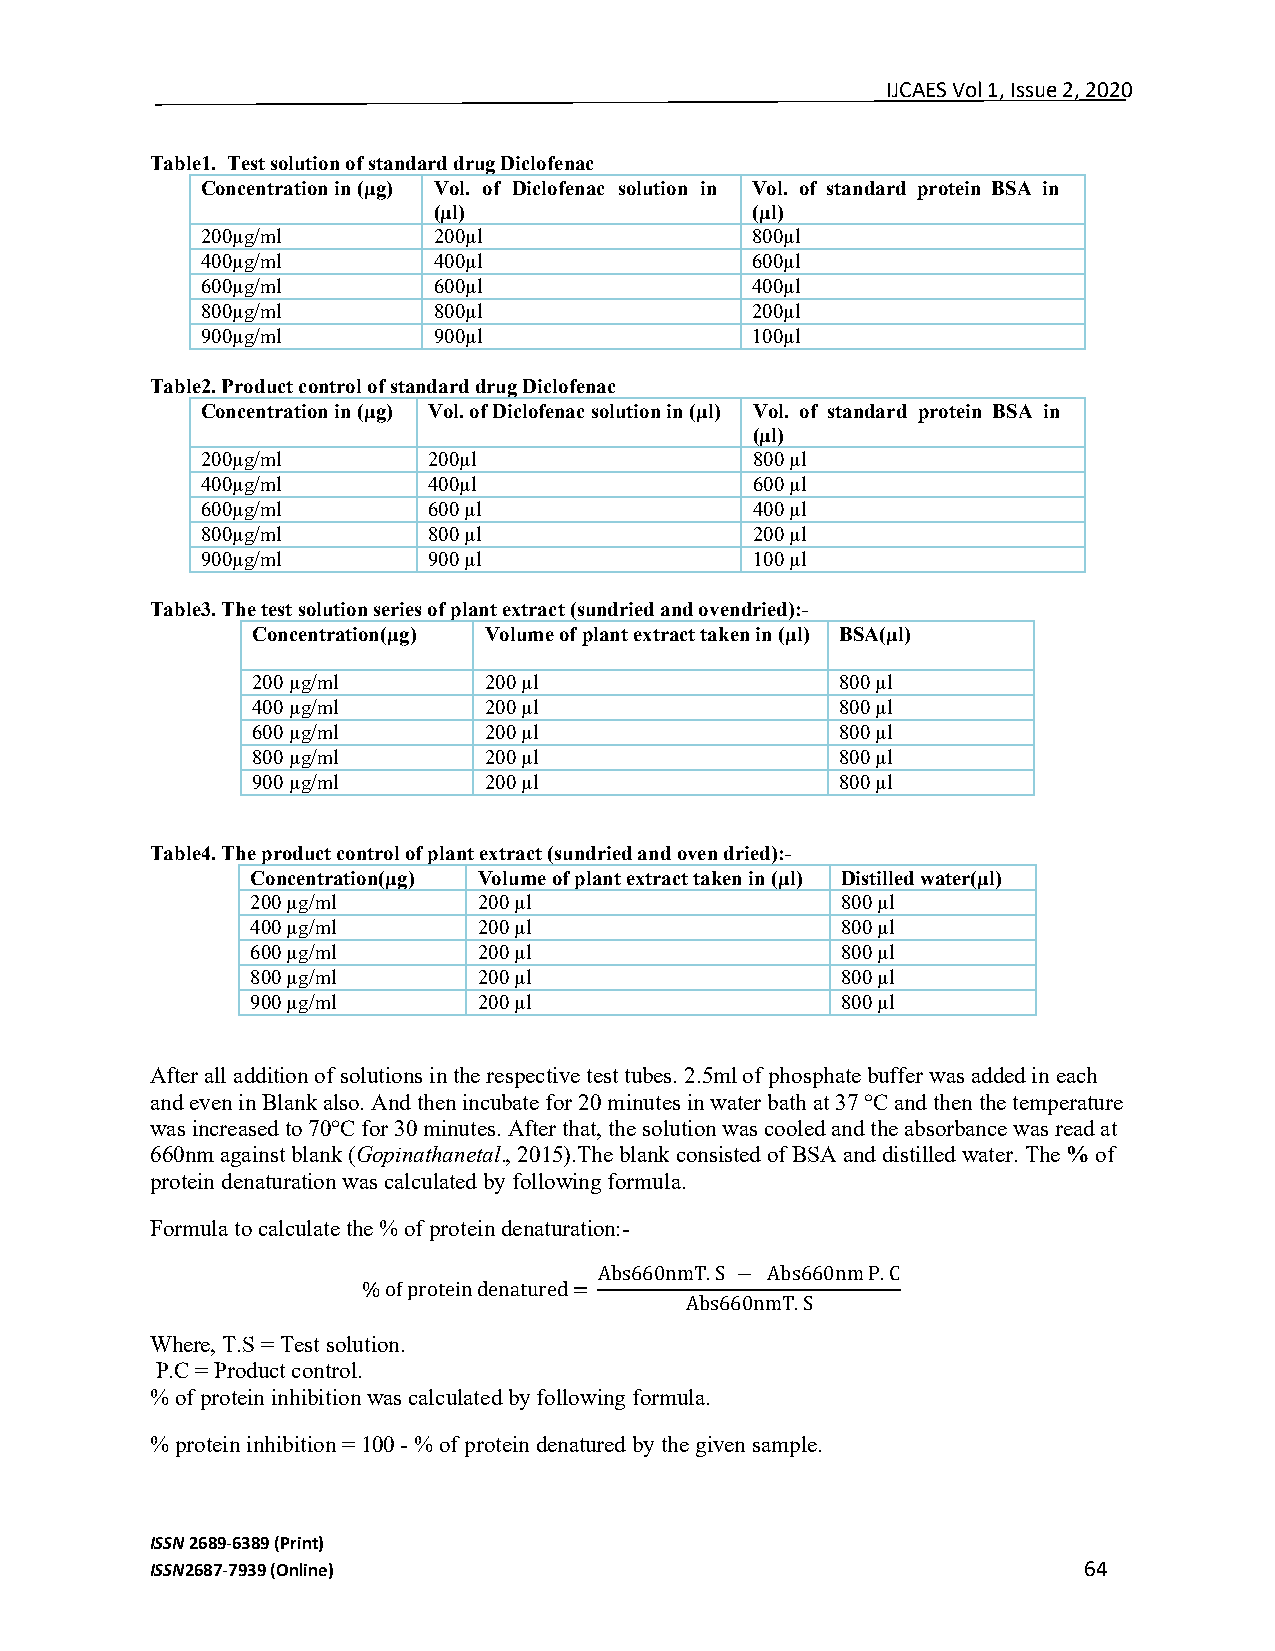
IJCAES Vol 1, Issue 2, 2020
 Table1. Test solution of standard drug Diclofenac
 Concentration in (µg) Vol. of Diclofenac solution in Vol. of standard protein BSA in
 (µl)                 (µl)
 200µg/ml        200µl                800µl
 400µg/ml        400µl                600µl
 600µg/ml        600µl                400µl
 800µg/ml        800µl                200µl
 900µg/ml        900µl                100µl
 Table2. Product control of standard drug Diclofenac
 Concentration in (µg) Vol. of Diclofenac solution in (µl) Vol. of standard protein BSA in
 (µl)
 200µg/ml       200µl                 800 µl
 400µg/ml       400µl                 600 µl
 600µg/ml       600 µl                400 µl
 800µg/ml       800 µl                200 µl
 900µg/ml       900 µl                100 µl
 Table3. The test solution series of plant extract (sundried and ovendried):-
 Concentration(µg) Volume of plant extract taken in (µl) BSA(µl)
 200 µg/ml      200 µl                  800 µl
 400 µg/ml      200 µl                  800 µl
 600 µg/ml      200 µl                  800 µl
 800 µg/ml      200 µl                  800 µl
 900 µg/ml      200 µl                  800 µl
 Table4. The product control of plant extract (sundried and oven dried):-
 Concentration(µg) Volume of plant extract taken in (µl) Distilled water(µl)
 200 µg/ml      200 µl                  800 µl
 400 µg/ml      200 µl                  800 µl
 600 µg/ml      200 µl                  800 µl
 800 µg/ml      200 µl                  800 µl
 900 µg/ml      200 µl                  800 µl
 After all addition of solutions in the respective test tubes. 2.5ml of phosphate buffer was added in each
 and even in Blank also. And then incubate for 20 minutes in water bath at 37 °C and then the temperature
 was increased to 70°C for 30 minutes. After that, the solution was cooled and the absorbance was read at
 660nm against blank (Gopinathanetal., 2015).The blank consisted of BSA and distilled water. The % of
 protein denaturation was calculated by following formula.
 Formula to calculate the % of protein denaturation:-
 Abs660nmT. S − Abs660nm P. C
 % of protein denatured =
 Where, T.S = Test solution.
 Abs660nmT. S
 P.C = Product control.
 % of protein inhibition was calculated by following formula.
 % protein inhibition = 100 - % of protein denatured by the given sample.
 ISSN 2689-6389 (Print)
 ISSN2687-7939 (Online)                                        64